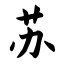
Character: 苏